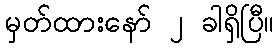
မှတ်ထားနော် ၂ ခါရှိပြီ။